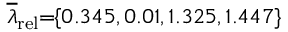
\! \! \! \overline { { \lambda } } _ { \mathrm { { r e l } } } \! \! = \! \! \{ 0 . 3 4 5 , 0 . 0 1 , 1 . 3 2 5 , 1 . 4 4 7 \} \! \! \!